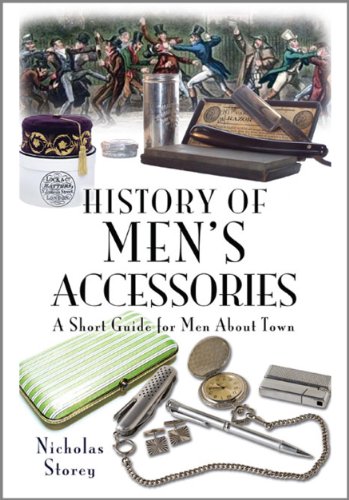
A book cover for HISTORY OF MEN'S ACCESSORIES: A Short Guide for Men About Town; Nicholas Storey; Health, Fitness & Dieting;